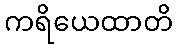
ကရိယေထာတိ